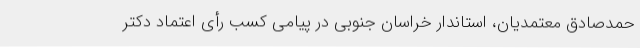
حمدصادق معتمدیان، استاندار خراسان جنوبی در پیامی کسب رأی اعتماد دکتر